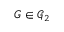
G \in \mathcal { G } _ { 2 }